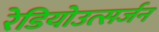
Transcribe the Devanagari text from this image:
रेडियोउत्सर्जन